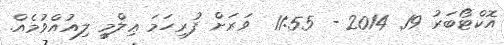
އޮކްޓޯބަރު 19